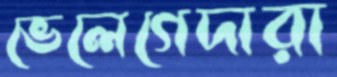
ভেলেগেদারা